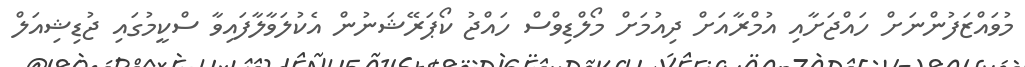
މުވައްޒަފުންނަށް ހައްޖަށާއި އުމްރާއަށް ދިއުމަށް މޯލްޑިވްސް ހައްޖު ކޯޕަރޭޝަނުން އެކުލަވާލާފައިވާ ސްކީމުގައި ޖުޑިޝިއަލް